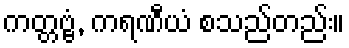
ကတ္တဗ္ဗံ, ကရဏီယံ စသည်တည်း။